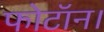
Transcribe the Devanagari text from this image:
फोटॉन।